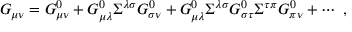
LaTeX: G _ { \mu \nu } = G _ { \mu \nu } ^ { 0 } + G _ { \mu \lambda } ^ { 0 } \Sigma ^ { \lambda \sigma } G _ { \sigma \nu } ^ { 0 } + G _ { \mu \lambda } ^ { 0 } \Sigma ^ { \lambda \sigma } G _ { \sigma \tau } ^ { 0 } \Sigma ^ { \tau \pi } G _ { \pi \nu } ^ { 0 } + \cdots \ ,